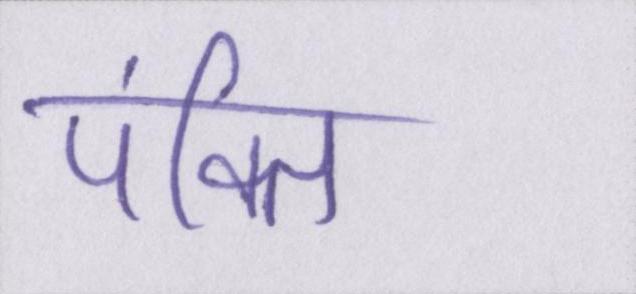
पंक्ति